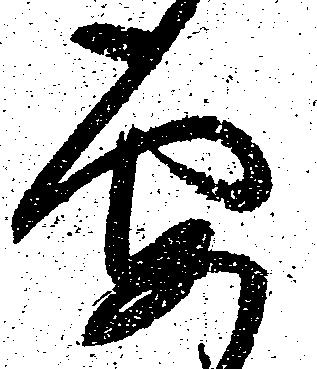
要